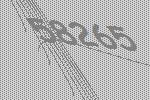
58265